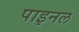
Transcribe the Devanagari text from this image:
पाइनल